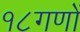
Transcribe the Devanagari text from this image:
१८गणों